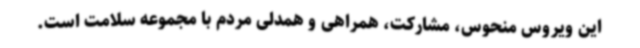
این ویروس منحوس، مشارکت، همراهی و همدلی مردم با مجموعه سلامت است.